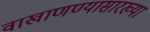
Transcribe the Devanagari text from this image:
वाखाणण्यासारख्या